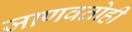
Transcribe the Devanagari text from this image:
जाणवतोही